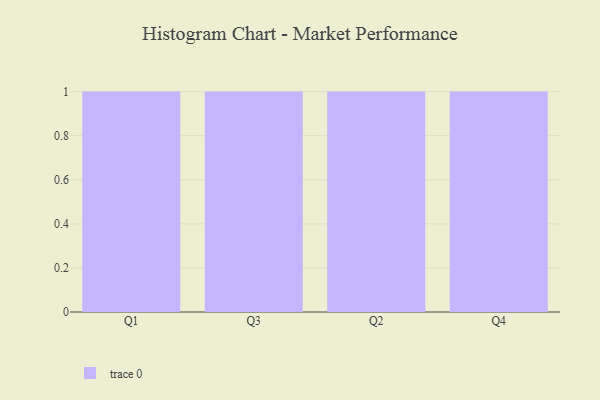
{"axis": {"x": "Quarter", "y": "Operating Costs (USD K)"}, "legend": [""], "data": [{"x": "Q1", "y": 29, "type": ""}, {"x": "Q3", "y": 74, "type": ""}, {"x": "Q2", "y": 27, "type": ""}, {"x": "Q4", "y": 86, "type": ""}]}